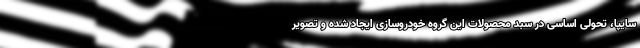
سایپا، تحولی اساسی در سبد محصولات این گروه خودروسازی ایجاد شده و تصویر